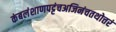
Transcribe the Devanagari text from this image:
कंबलंशाणपट्टंचअजिनंचतथोत्तरं